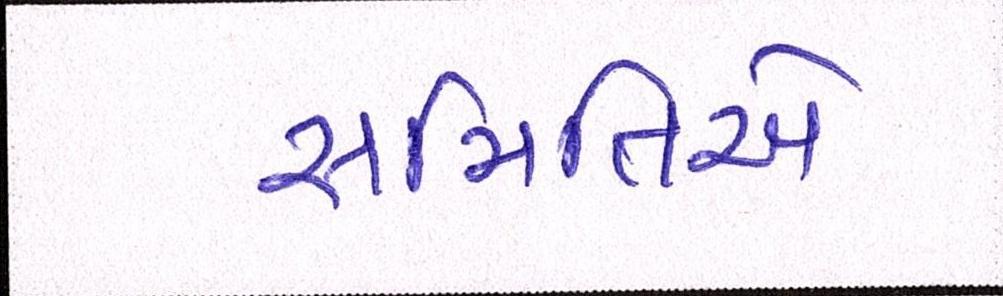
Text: સમિતિએ